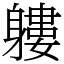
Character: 軁